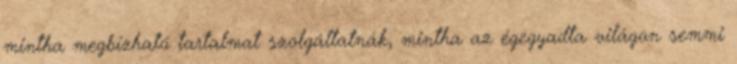
mintha megbízható tartalmat szolgáltatnák, mintha az égegyadta világon semmi